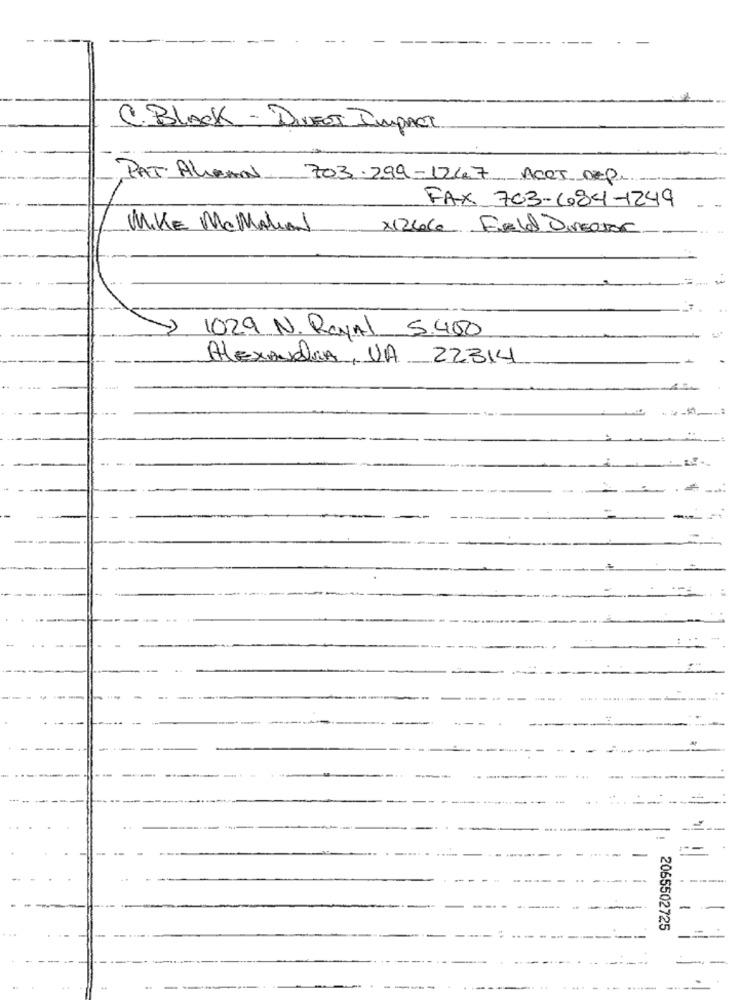
C. BLACK - DIVEST IMPACT
PAT ALMAN 703.299-1247 ACCI DEP.
FAX 703-684-1249
MIKE McMAHAN
1029 N. Royal 5.400
ALEXANDRA, VA 22314
----
--
..
2065502725
-